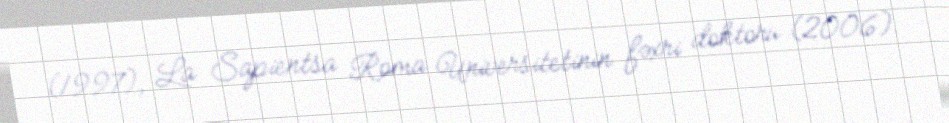
(1997), La Sapientsa Roma Universitetinin fəxri doktoru (2006).